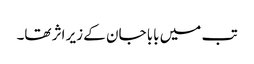
تب میں بابا جان کے زیر اثر تھا۔